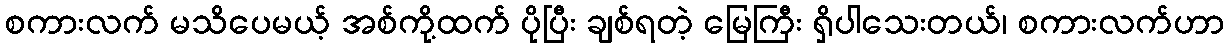
စကားလက် မသိပေမယ့် အစ်ကို့ထက် ပိုပြီး ချစ်ရတဲ့ မြေကြီး ရှိပါသေးတယ်၊ စကားလက်ဟာ